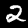
Digit: 2